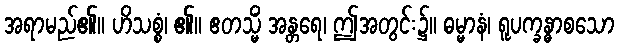
အရာမည်၏။ ဟိသစ္စံ၊ ၏။ ဧတသ္မိံ အန္တရေ၊ ဤအတွင်း၌။ ဓမ္မာနံ၊ ရူပက္ခန္ဓာစသော